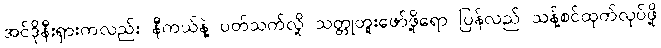
အင်ဒိုနီးရှားကလည်း နီကယ်နဲ့ ပတ်သက်လို့ သတ္တုတူးဖော်ဖို့ရော ပြန်လည် သန့်စင်ထုတ်လုပ်ဖို့